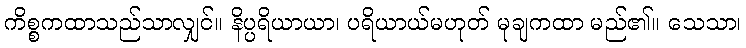
ကိစ္စကထာသည်သာလျှင်။ နိပ္ပရိယာယာ၊ ပရိယာယ်မဟုတ် မုချကထာ မည်၏။ သေသာ၊